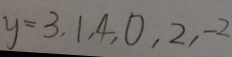
y = 3 , 1 , 4 , 0 , 2 , - 2